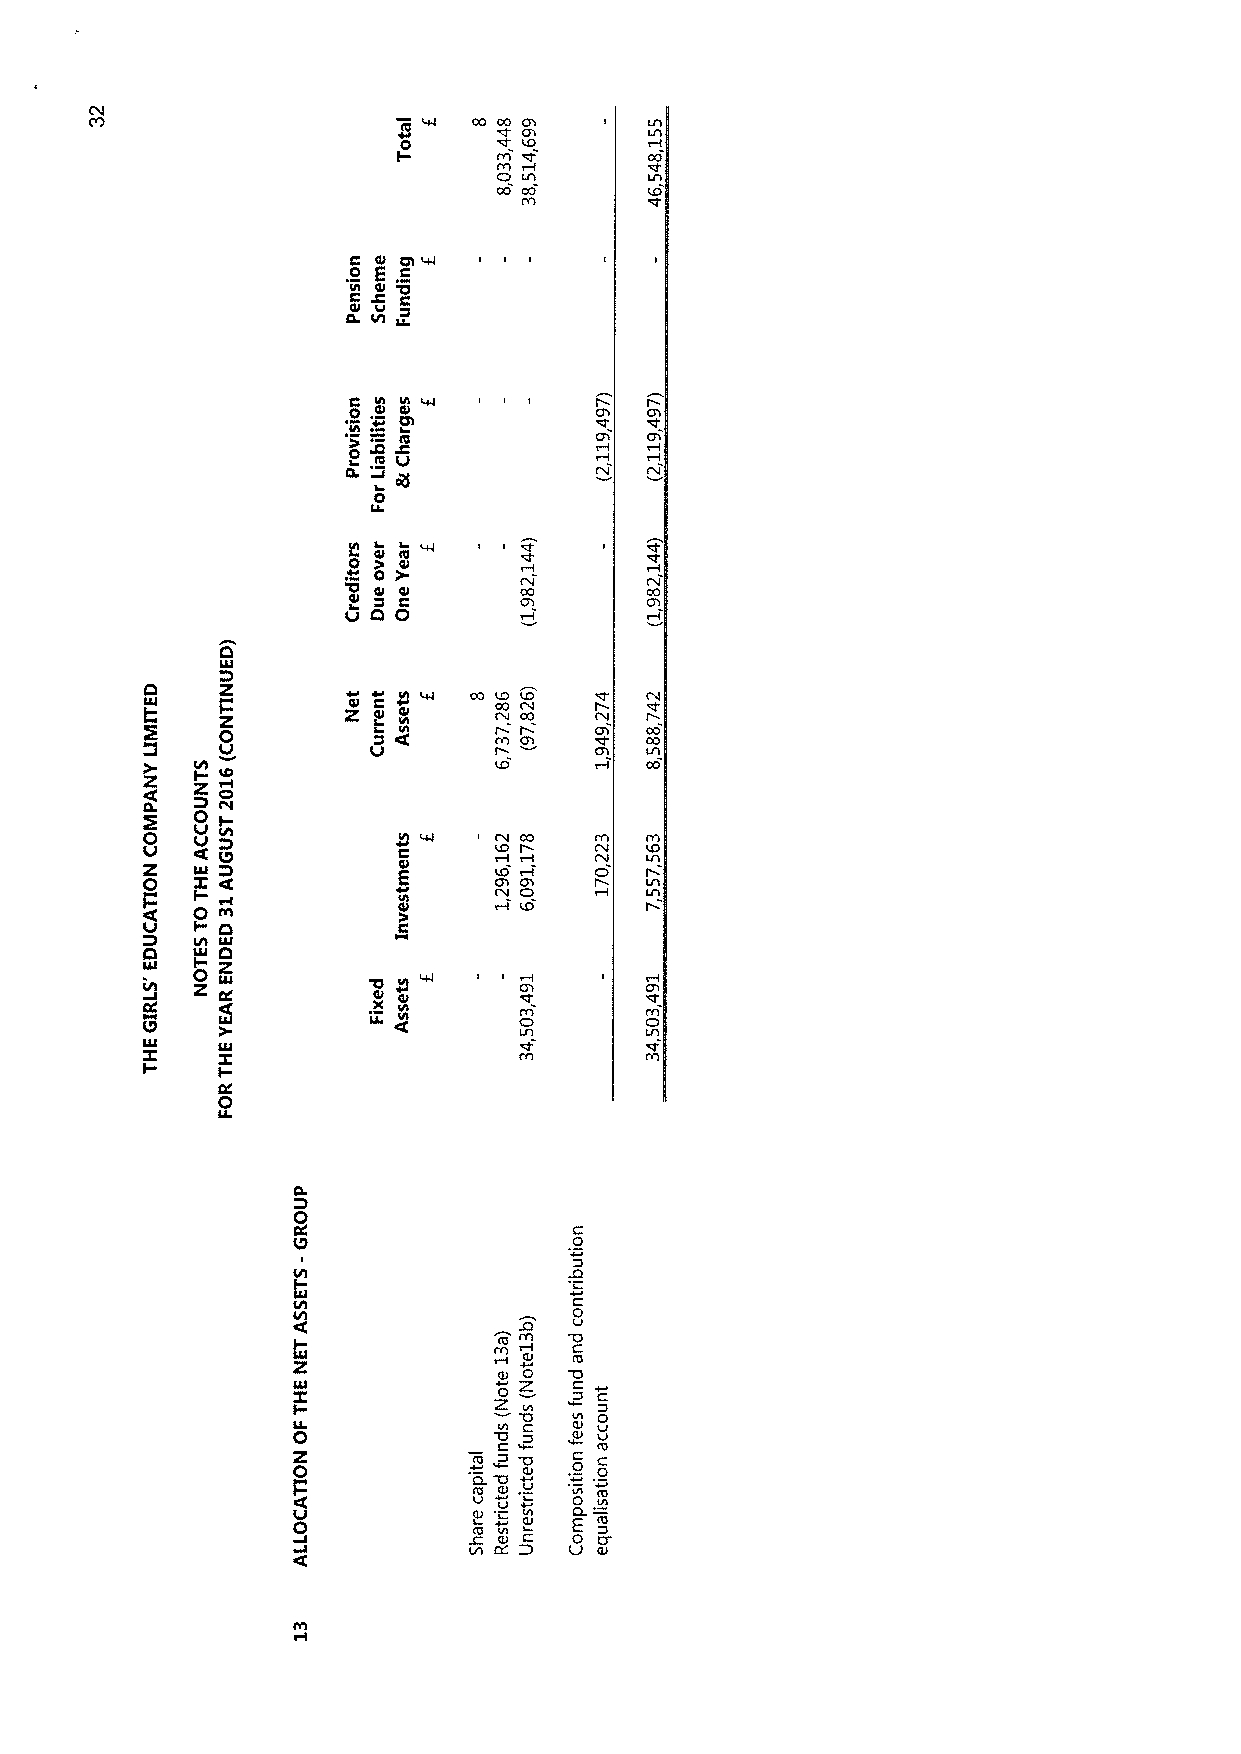
CO CO    I  LA
 Ch      LA
 'LO
 {A        CQ
 CI LA
 CO CO     'LO
 IVI
 r o
 0  Ch LLl
 Vrl c Ol
 Ol Cl
 CL LA LP
 0 N Vl
 N'V P           Ch  Ch
 ~
 Ch  Ch
 0 Zl
 CL              PV  CV
 L0
 L e m~   I I
 0
 &0I Cl
 P4
 Crl     CO       CQ
 v do                Ch
 D
 b   Z          r
 EL{          4l O Cl CQ ' CNL OO C COV p
 o           N            Ch  CQ
 Ch       CO
 Ch  LA
 z   N z                           CQ
 p4
 0 C~4
 0
 r       CO
 EJ
 0Z  { XLl 4
 v      Ch Ch
 L p LA
 A
 o"-                  CI       LA
 O       'LO
 r
 h
 b   L&A b
 LIJ
 Eh                     I I {h  I  Gl
 'CP
 {Vi      (Il
 Cl       Cl
 IxlJ { x|l               LA       LA
 I-                       {A
 O0C
 0D
 C0
 U
 I
 I
 C
 0
 ~    v
 rn  0
 {{ AU C
 z               Cl {C
 0
 lO
 0 Z  C
 Z      C
 N  N 0
 0             N0 {   v v
 z             C    C {C
 0           CQ       0
 0 {LJ
 C cvcL
 {u
 .v
 N {C
 N
 m N { CLl 0 { 0C -
 LA CL    {Ll